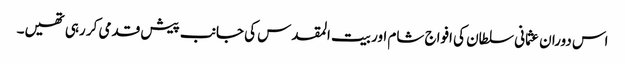
اس دوران عثمانی سلطان کی افواج شام اور بیت المقدس کی جانب پیش قدمی کر رہی تھیں۔